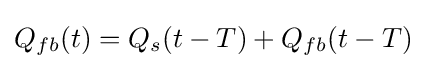
Q_{fb}(t)=Q_{s}(t-T)+Q_{fb}(t-T)